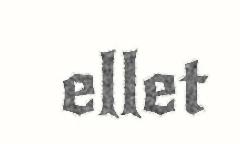
ellet